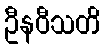
ဦနဝီသတိ